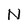
Character: N